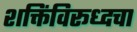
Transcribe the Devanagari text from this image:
शक्तिंविरूध्दचा